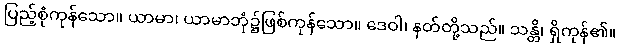
ပြည့်စုံကုန်သော။ ယာမာ၊ ယာမာဘုံ၌ဖြစ်ကုန်သော။ ဒေဝါ၊ နတ်တို့သည်။ သန္တိ၊ ရှိကုန်၏။